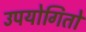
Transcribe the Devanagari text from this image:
उपयोगितो